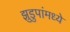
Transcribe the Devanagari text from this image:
झुडुपांमध्ये